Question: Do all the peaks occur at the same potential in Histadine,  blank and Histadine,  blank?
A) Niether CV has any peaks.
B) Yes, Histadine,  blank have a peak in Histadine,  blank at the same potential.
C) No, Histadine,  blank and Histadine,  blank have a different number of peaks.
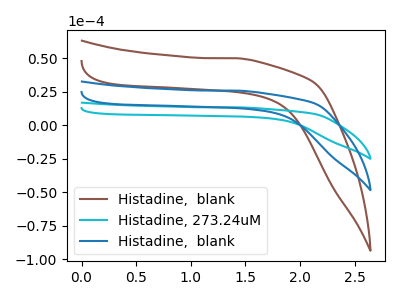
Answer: <think>The brown curve "Histadine,  blank" has no peaks. The cyan curve "Histadine, 273.24uM" has no peaks. The blue curve "Histadine,  blank" has no peaks.</think>
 <answer>A) Niether CV has any peaks.</answer>
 <eval>A</eval>